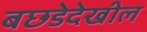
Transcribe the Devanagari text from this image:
बछडेदेखील